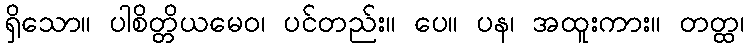
ရှိသော။ ပါစိတ္တိယမေဝ၊ ပင်တည်း။ ပေ။ ပန၊ အထူးကား။ တတ္ထ၊